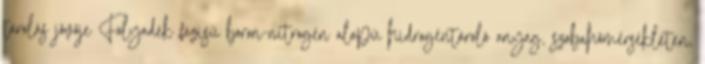
tárolás jövője Folyadék fázisú boron-nitrogén alapú hidrogéntároló anyag, szobahőmérsékleten,